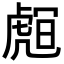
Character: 𧇅